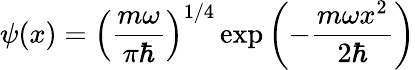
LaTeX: \psi(x)=\left({\frac{m\omega}{\pi\hbar}}\right)^{1/4}\exp{\left(-{\frac{m\omega x^{2}}{2\hbar}}\right)}